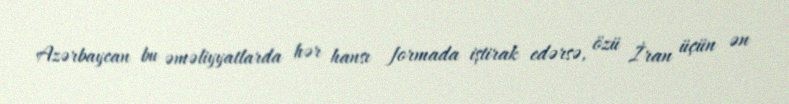
Azərbaycan bu əməliyyatlarda hər hansı formada iştirak edərsə, özü İran üçün ən